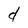
Character: d